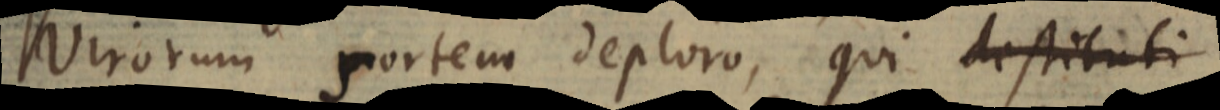
Virorum sortem deploro, qui destituti